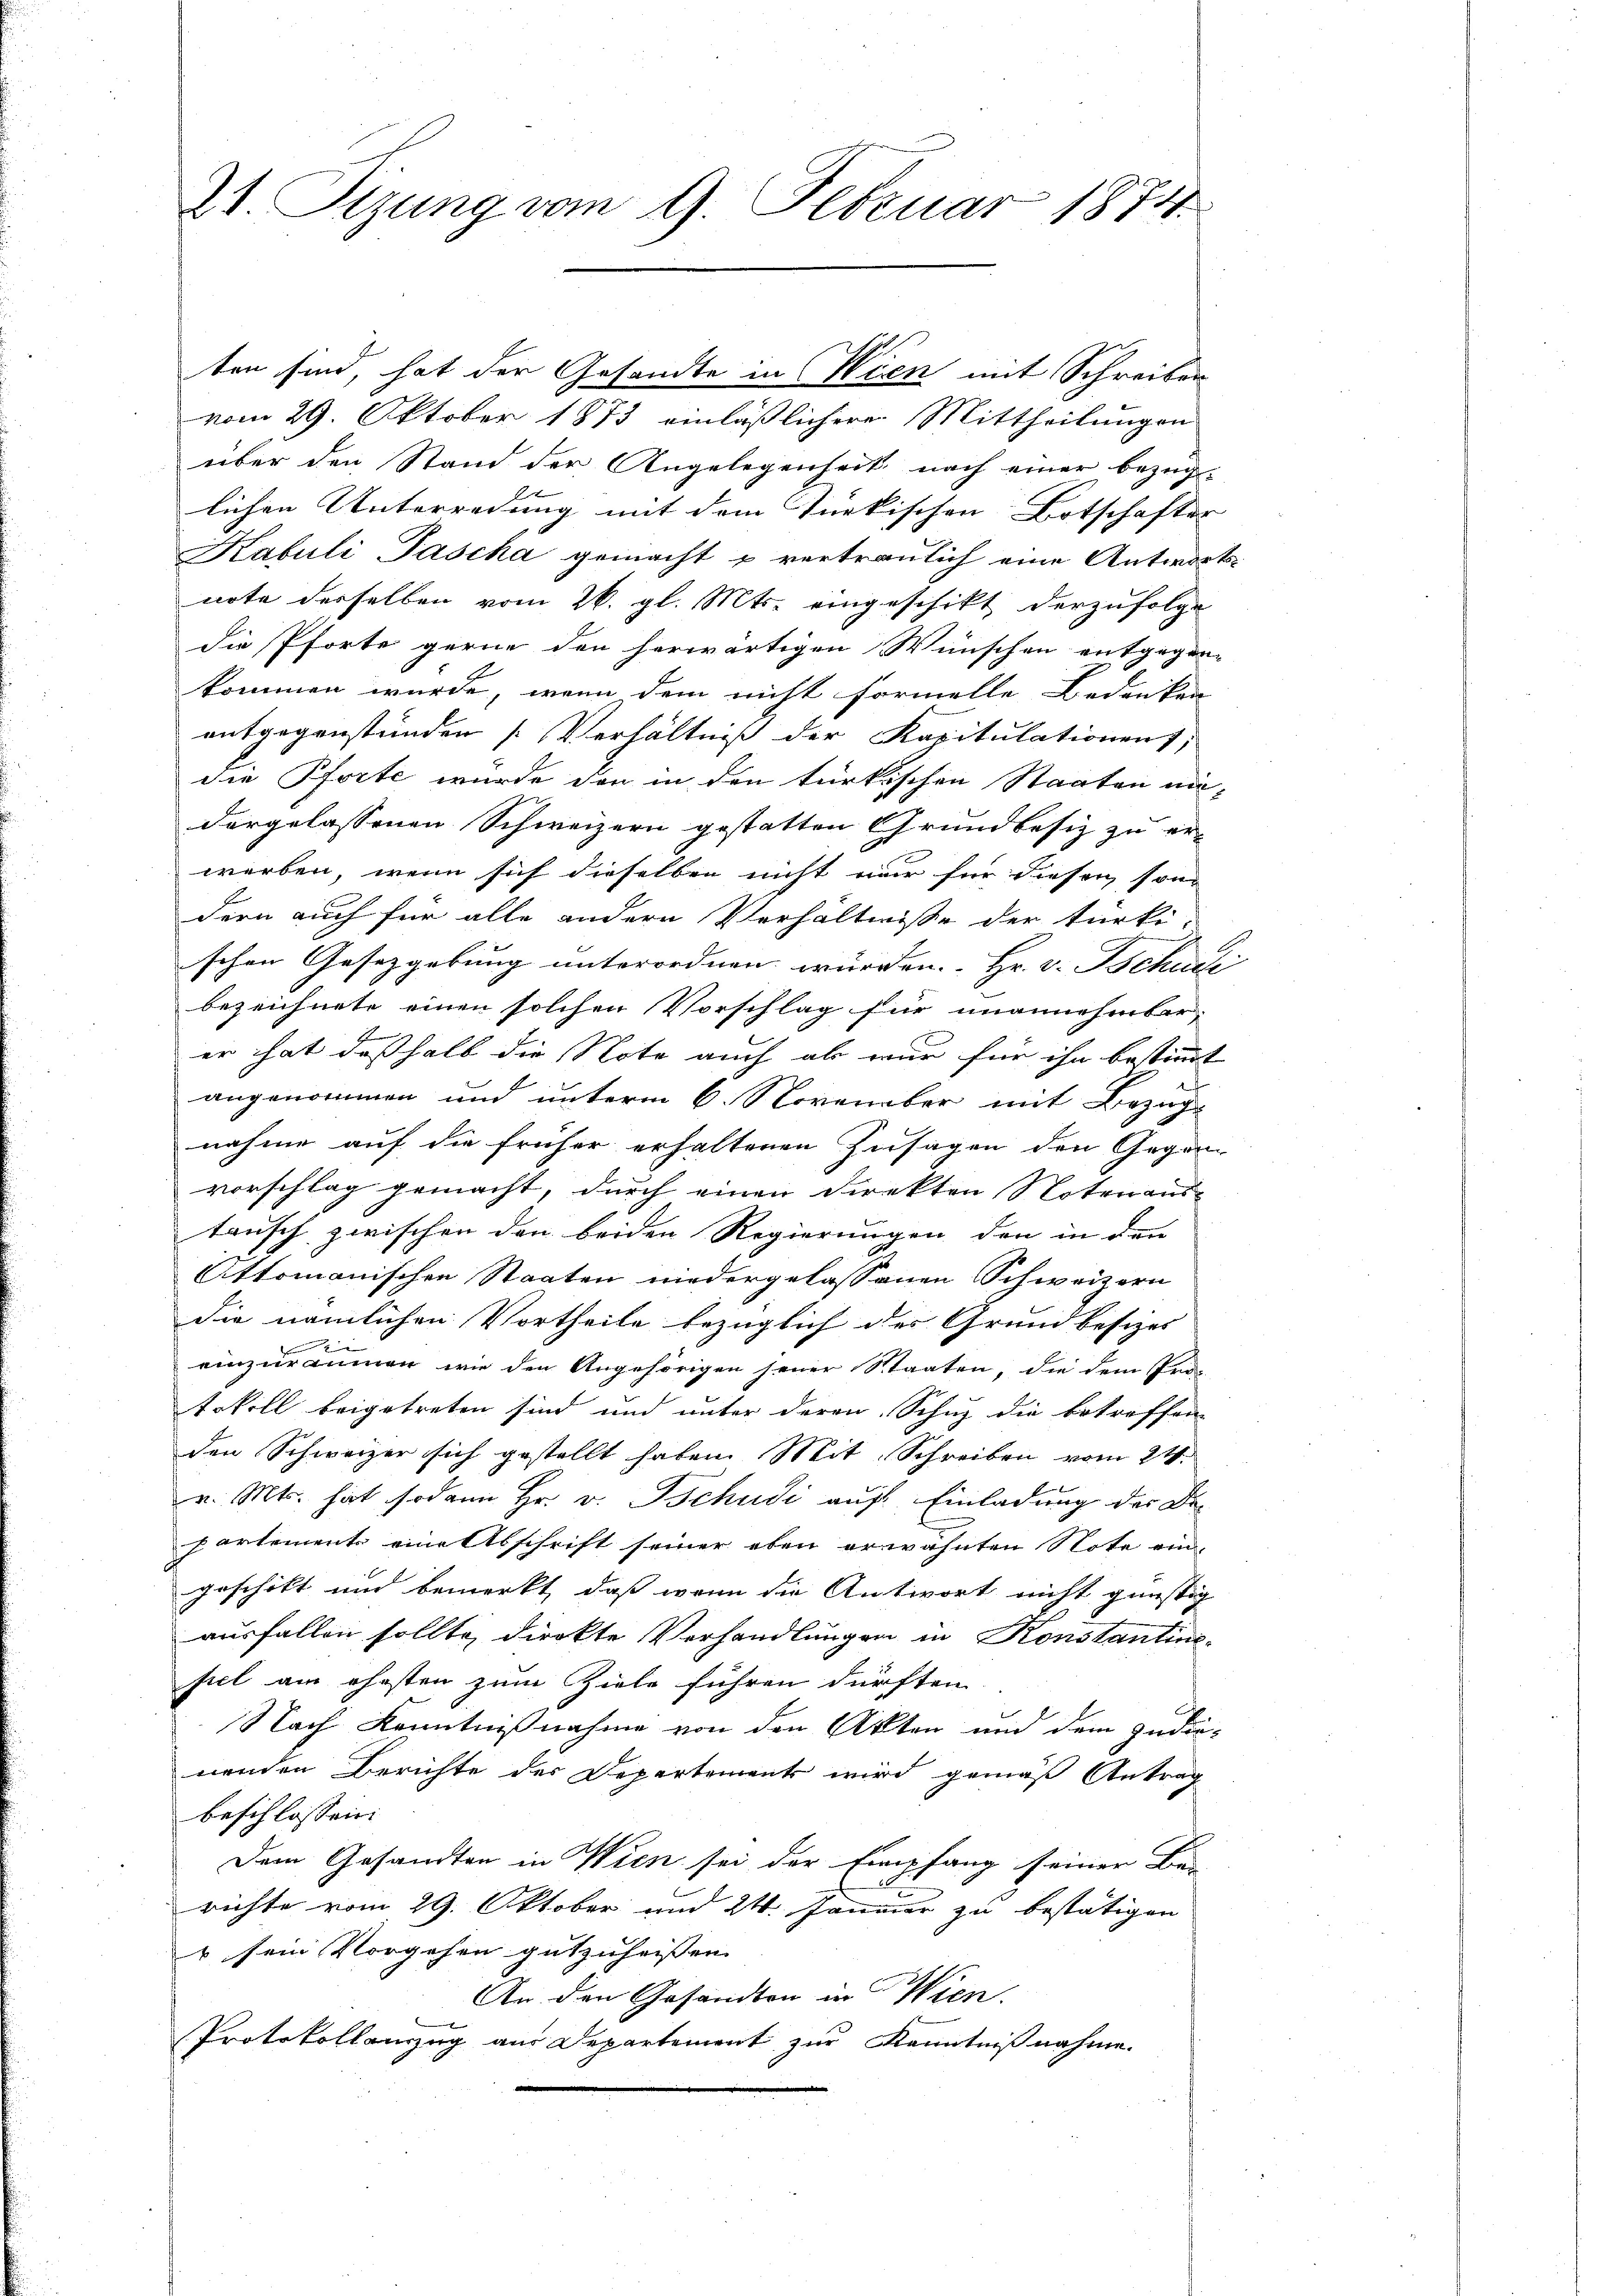
21. Setzung vom 9. Februar 1874

ten sind, hat der Gesandte in Wien mit Schreiben
vom 29. Oktober 1873 einläßlichere Mittheilungen
über den Stand der Angelegenheit nach einer bezüglichen Unterredung mit dem türkischen Botschafter
Kabuli Pascha gemacht u vertraulich eine Antwortsnote derselben vom 26. gl. Mts. eingeschikt derzufolge
die Pforte gerne den herwärtigen Wünschen entgegen-
kommen wurde, wenn dem nicht formelle Bedenken
entgegenstünden [Verhältniß der Kapitulationen,
die Pforte wurde den in den türkischen Staaten au-
dargelassenen Schweizern gestatten Grundbesiz zu er-
werben, wenn sich dieselben nicht nur für diesen sondern auch für alle andern Verhältnisse der türki-
schen Gesetzgebung unterordnen würden. Hr. v. Schulle
bezeichnete einen solchen Vorschlag für unannehmbar,
F
er hat deßhalb die Note auch als wir für ihn bestimmt
angenommen und unterm 6. November mit Bezug
nahme auf die früher erhaltenen Zusagen den Gegen
vorschlag gemacht, durch einen Direkten Notenaus-
tausch zwischen den beiden Regierungen den in den
Attomanischen Staaten niedergelassenen Schweizern
die nämlichen Vortheile bezüglich des Grundbesizes |
D
einzuräumen wie den Angehörigen seiner Staaten, die dem Pro-
tokoll beigetreten sind und unter deren Schuz die betreffen
den Schweizer sich gestellt haben. Mit Schreiben vom 24.
v. Mts. hat sodann Hr. v. schudi auf Einladung der De-
partements eine Abschrift seiner eben erwähnten Note ein-
geschikt und bemerkt, daß wenn die Antwort nicht günstig
ausfallen sollte, direkte Verhandlungen in Konstantine-
fiel am ehesten zum Ziele führen dürften
Nach Kenntnißnahme von den Akten und dem zudie-
nenden Berichte der Departements wird gemäß Antrag
beschlossen:
Dem Gesandten in Wien sei der Empfang seiner Be-
richte vom 29. Oktober und 24. Januar zu bestätigen
v sein Vorgehen gutzuheissen.
An den Gesandten in Wien.
Protokollauszug aus Departement zur Kenntnißnahme.